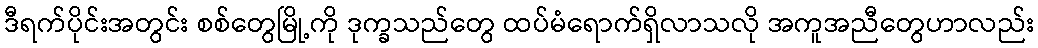
ဒီရက်ပိုင်းအတွင်း စစ်တွေမြို့ကို ဒုက္ခသည်တွေ ထပ်မံရောက်ရှိလာသလို အကူအညီတွေဟာလည်း